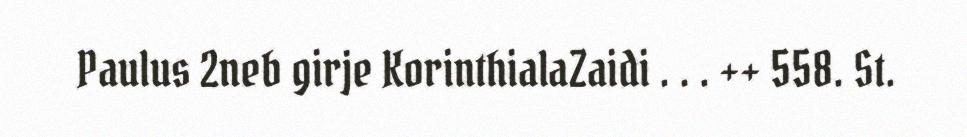
Paulus 2neb girje KorinthialaZaidi . . . ++ 558. St.